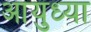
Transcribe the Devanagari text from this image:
आयुध्या